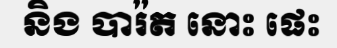
និង បារ៉ត នោះ ផេះ